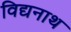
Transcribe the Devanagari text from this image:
विद्यनाथ